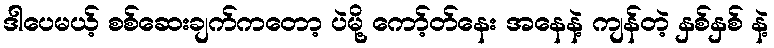
ဒါပေမယ့် စစ်ဆေးချက်ကတော့ ပဲမို့ ကော့်တ်နေး အနေနဲ့ ကျန်တဲ့ နှစ်နှစ် နဲ့